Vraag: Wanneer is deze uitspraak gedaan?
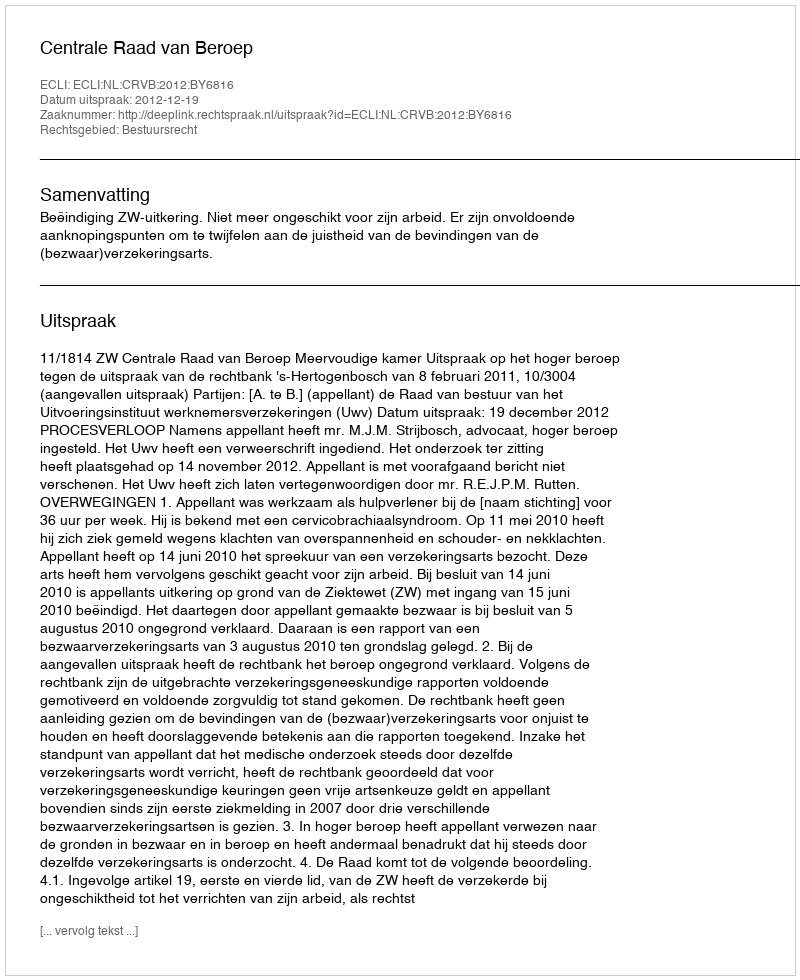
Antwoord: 2012-12-19